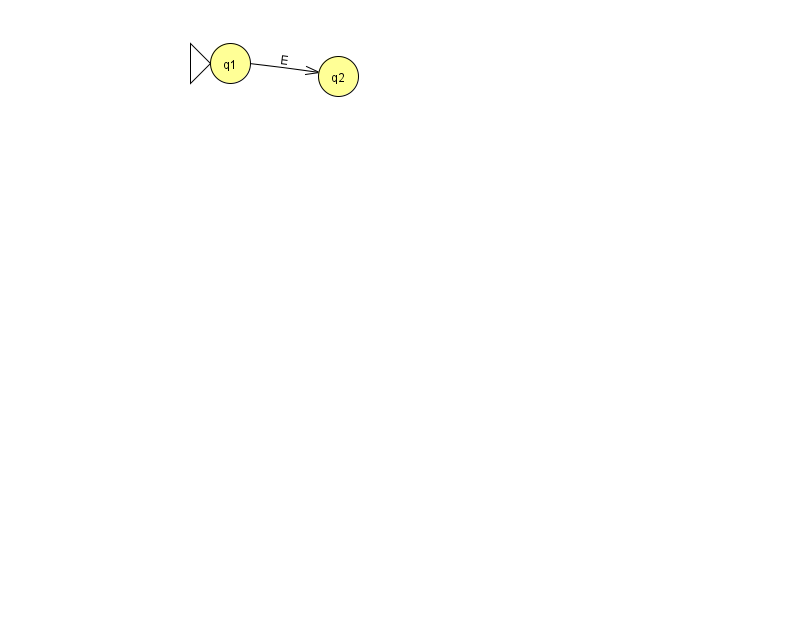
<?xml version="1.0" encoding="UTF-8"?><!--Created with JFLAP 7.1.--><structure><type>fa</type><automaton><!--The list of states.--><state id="1" name="q1"><x>230.0</x><y>50.0</y><initial/></state><state id="2" name="q2"><x>338.0</x><y>63.0</y></state><!--The list of transitions.--><transition><from>1</from><to>2</to><read>E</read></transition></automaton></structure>